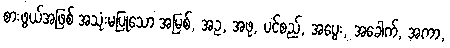
စားဖွယ်အဖြစ် အသုံးမပြုသော အမြစ်, အဥ, အဖု, ပင်စည်, အပွေး, အခေါက်, အကာ,